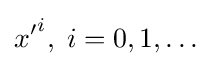
{x'}^{i},\;i=0,1,\dots